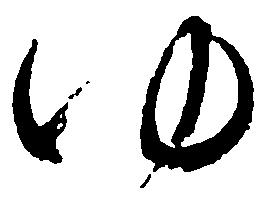
ゆ